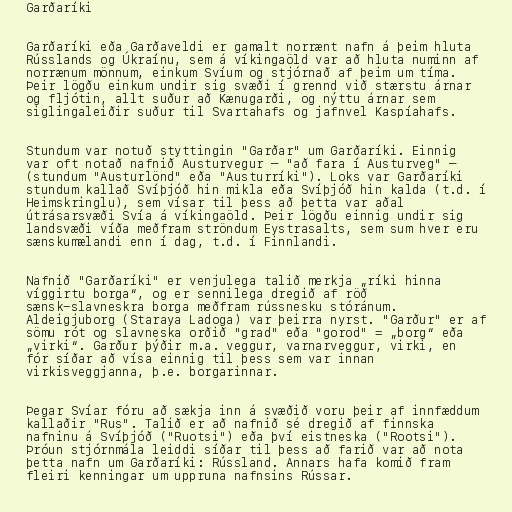
Garðaríki

Garðaríki eða Garðaveldi er gamalt norrænt nafn á þeim hluta
Rússlands og Úkraínu, sem á víkingaöld var að hluta numinn af
norrænum mönnum, einkum Svíum og stjórnað af þeim um tíma.
Þeir lögðu einkum undir sig svæði í grennd við stærstu árnar
og fljótin, allt suður að Kænugarði, og nýttu árnar sem
siglingaleiðir suður til Svartahafs og jafnvel Kaspíahafs.

Stundum var notuð styttingin "Garðar" um Garðaríki. Einnig
var oft notað nafnið Austurvegur – "að fara í Austurveg" –
(stundum "Austurlönd" eða "Austurríki"). Loks var Garðaríki
stundum kallað Svíþjóð hin mikla eða Svíþjóð hin kalda (t.d. í
Heimskringlu), sem vísar til þess að þetta var aðal
útrásarsvæði Svía á víkingaöld. Þeir lögðu einnig undir sig
landsvæði víða meðfram ströndum Eystrasalts, sem sum hver eru
sænskumælandi enn í dag, t.d. í Finnlandi.

Nafnið "Garðaríki" er venjulega talið merkja „ríki hinna
víggirtu borga“, og er sennilega dregið af röð
sænsk-slavneskra borga meðfram rússnesku stóránum.
Aldeigjuborg (Staraya Ladoga) var þeirra nyrst. "Garður" er af
sömu rót og slavneska orðið "grad" eða "gorod" = „borg“ eða
„virki“. Garður þýðir m.a. veggur, varnarveggur, virki, en
fór síðar að vísa einnig til þess sem var innan
virkisveggjanna, þ.e. borgarinnar.

Þegar Svíar fóru að sækja inn á svæðið voru þeir af innfæddum
kallaðir "Rus". Talið er að nafnið sé dregið af finnska
nafninu á Svíþjóð ("Ruotsi") eða því eistneska ("Rootsi").
Þróun stjórnmála leiddi síðar til þess að farið var að nota
þetta nafn um Garðaríki: Rússland. Annars hafa komið fram
fleiri kenningar um uppruna nafnsins Rússar.